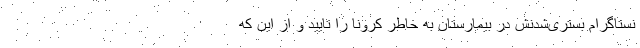
نستاگرام بستری‌شدنش در بیمارستان به خاطر کرونا را تایید و از این که